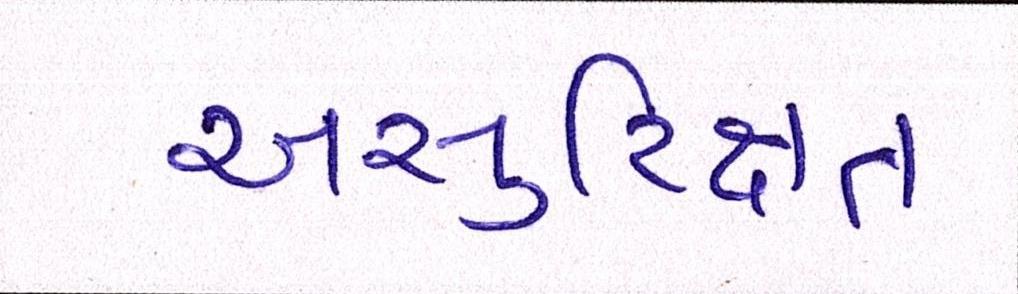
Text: અસુરિક્ષત